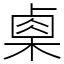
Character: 㮚